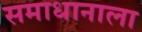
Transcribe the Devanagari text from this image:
समाधानाला